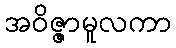
အဝိဇ္ဇာမူလကာ